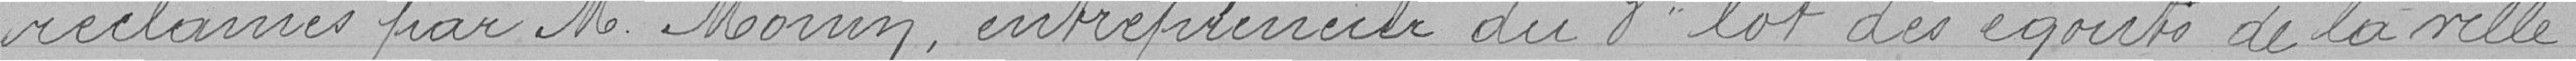
réclamés par M. Monin, entrepreneur du 3e lot des égouts de la ville.